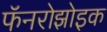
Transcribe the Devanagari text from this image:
फॅनरोझोइक